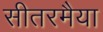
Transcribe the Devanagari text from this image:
सीतरमैया